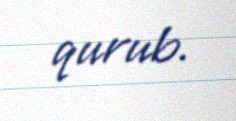
qurub.